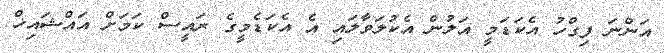
އަންނަ ފިގްހު އެކަޑަމީ އަލުން އެކުލަވާލައި އެ އެކަޑެމީގެ ރައީސް ކަމަށް އައްޝައިޚް